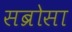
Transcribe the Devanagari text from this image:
सब्रोसा